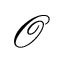
\mathcal { O }